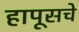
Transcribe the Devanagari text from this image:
हापूसचे